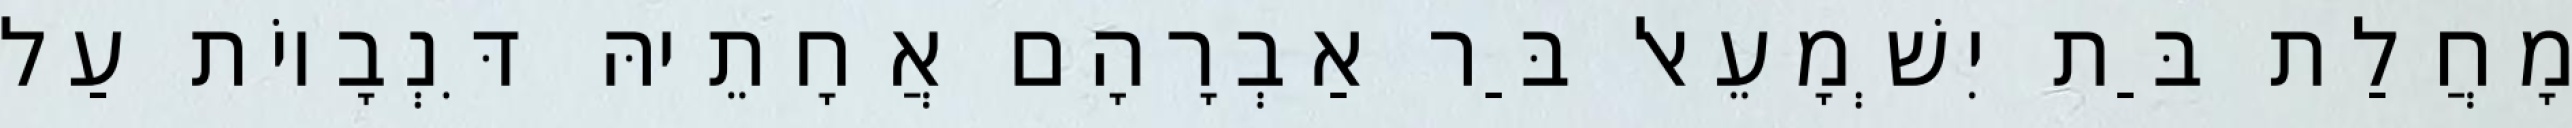
מָחֲלַת בַּת יִשְׁמָעֵאל בַּר אַבְרָהָם אֲחָתֵיהּ דִּנְבָיוֹת עַל